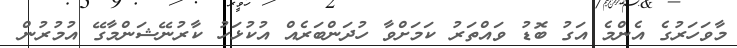
މާވަހަރުގެ އެންމެ އަގު ބޮޑު ވައްތަރު ކަމަށްވާ ހުދަންބަރެއް އުކުޅަހު ކާރުނޭޝަންމާގޭ އުމުރުން